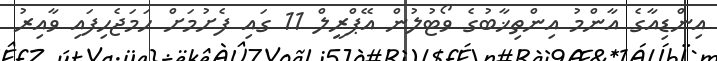
އިންޑިއާގެ އާންމު އިންތިޚާބުގެ ވޯޓުލުން އޭޕްރީލް 11 ގައި ފެށުމަށް ހަމަޖެހިފައި ވާއިރު